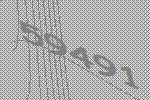
59491